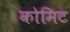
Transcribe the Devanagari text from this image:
कोमिट